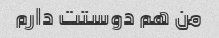
من هم دوستت دارم